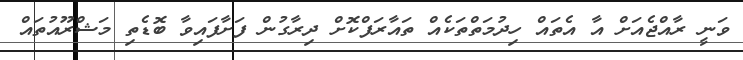
ވަނީ ރާއްޖެއަށް އާ އެތައް ހިދުމަތްތަކެއް ތައާރަފްކޮށް ދިރާގުން ފަށާފައިވާ ބޮޑެތި މަޝްރޫއުތައް